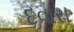
દવારા